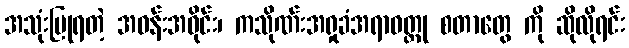
အသုံးပြုရတဲ့ အဝန်းအဝိုင်း၊ ကသိုဏ်းအရှုခံအရာဝတ္ထု စတာတွေ ကို ဆိုလိုရင်း